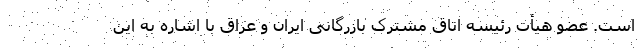
است. عضو هیأت رئیسه اتاق مشترک بازرگانی ایران و عراق با اشاره به این